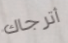
أترجاك